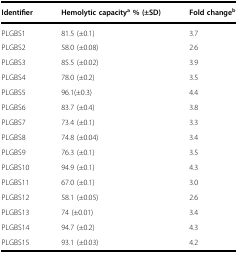
| Identifier | Hemolytic capacitya % (±SD) | Fold changeb |
 | --- | --- | --- |
 | PLGBS1 | 81.5 (±0.1) | 3.7 |
 | PLGBS2 | 58.0 (±0.08) | 2.6 |
 | PLGBS3 | 85.5 (±0.02) | 3.9 |
 | PLGBS4 | 78.0 (±0.2) | 3.5 |
 | PLGBS5 | 96.1(±0.3) | 4.4 |
 | PLGBS6 | 83.7 (±0.4) | 3.8 |
 | PLGBS7 | 73.4 (±0.1) | 3.3 |
 | PLGBS8 | 74.8 (±0.04) | 3.4 |
 | PLGBS9 | 76.3 (±0.1) | 3.5 |
 | PLGBS10 | 94.9 (±0.1) | 4.3 |
 | PLGBS11 | 67.0 (±0.1) | 3.0 |
 | PLGBS12 | 58.1 (±0.05) | 2.6 |
 | PLGBS13 | 74 (±0.01) | 3.4 |
 | PLGBS14 | 94.7 (±0.2) | 4.3 |
 | PLGBS15 | 93.1 (±0.03) | 4.2 |